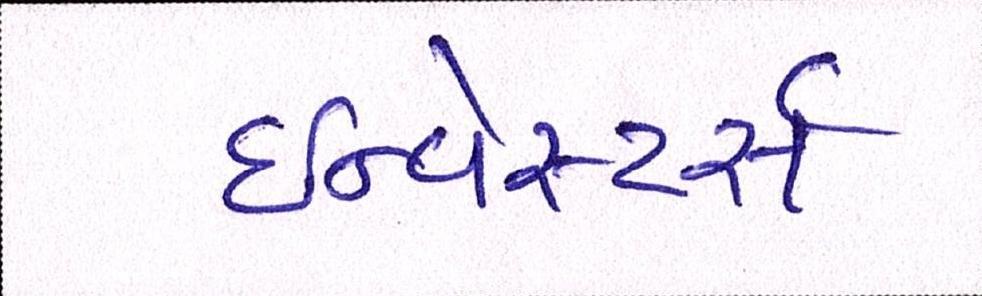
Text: ઇન્વેસ્ટર્સ